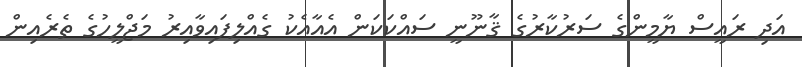
އަދި ރައީސް ޔާމީންގެ ސަރުކާރުގެ ޤާނޫނީ ސައްކަކަން އެއާއެކު ގެއްލިފައިވާއިރު މަޖްލީހުގެ ތެރެއިން